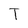
Character: T